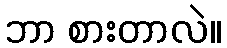
ဘာ စားတာလဲ။